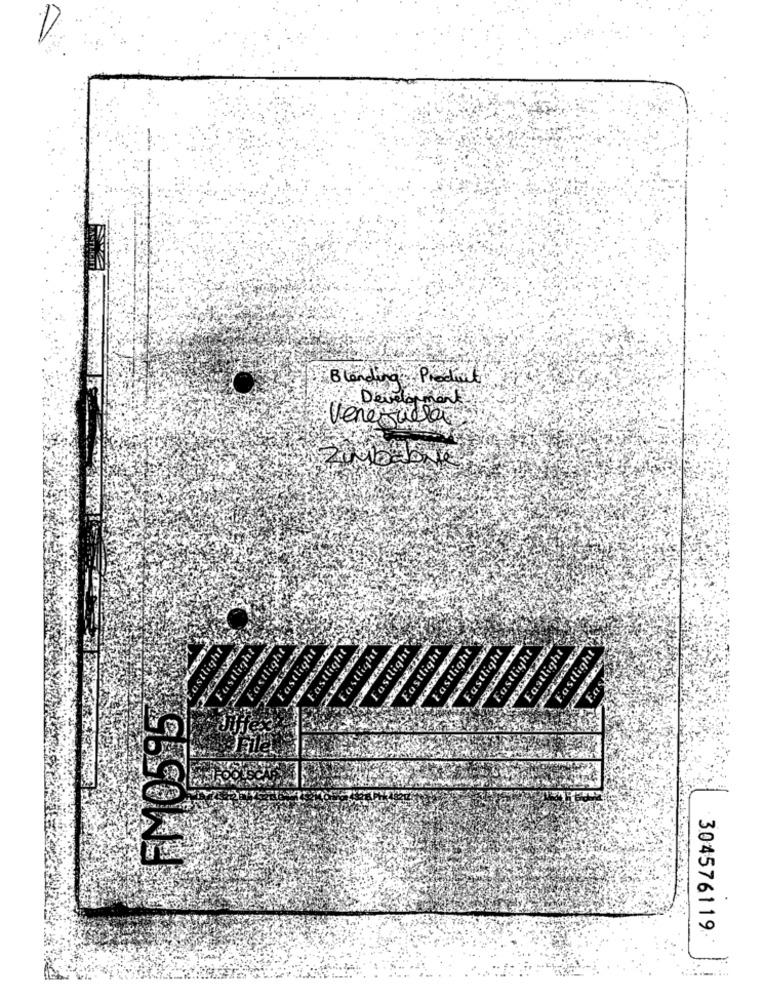
Blanding Produit
Development
Veneti
ght
stlight
Eastlight
Fastlight
Eastlight
Fastlight
Fastlight
Fastlight
Eastlight
Eastlight
FM0595
304576119